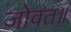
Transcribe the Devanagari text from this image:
जोवत॥